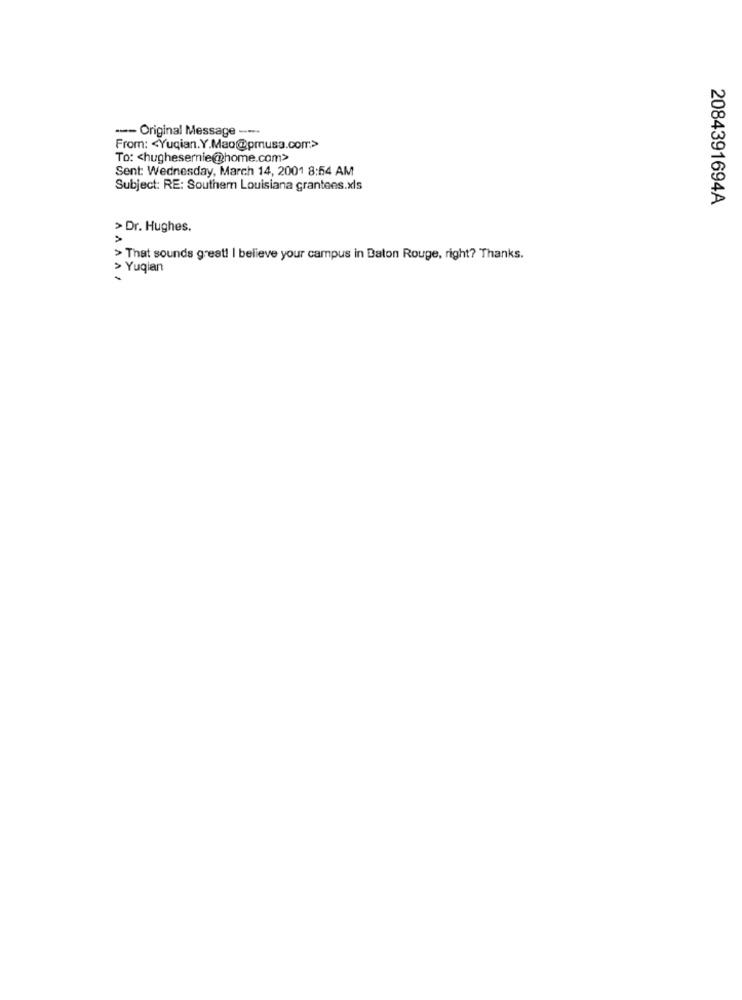
--- Original Message ----
From: < Yuqian.Y.Mao@prusa.com>
To: < hughesernie@home.com>
Sent: Wednesday, March 14, 2001 8:54 AM
Subject: RE: Southem Louisiana grantees.xls
2084391694A
> Dr. Hughes.
>
> That sounds great! I believe your campus in Baton Rouge, right? Thanks.
> Yugian